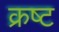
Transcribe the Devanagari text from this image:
क्रष्ट